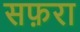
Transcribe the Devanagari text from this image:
सफ़रा